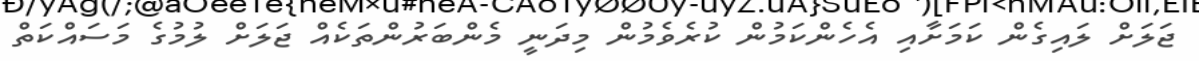
ޖަލަށް ލައިގެން ކަމަށާއި އެހެންކަމުން ކުރެވެމުން މިދަނީ މެންބަރުންތަކެއް ޖަލަށް ލުމުގެ މަސައްކަތް